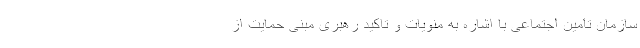
سازمان تامین اجتماعی با اشاره به منویات و تاکید رهبری مبنی حمایت از